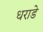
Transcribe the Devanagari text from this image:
धराडे